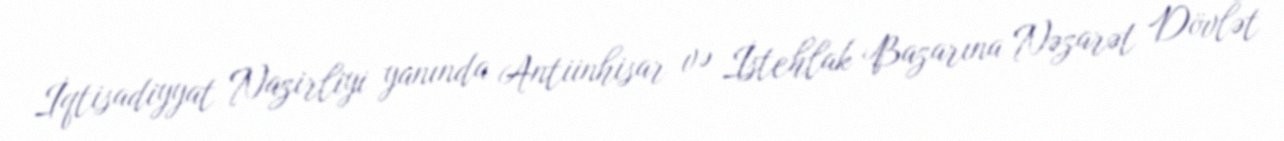
İqtisadiyyat Nazirliyi yanında Antiinhisar və İstehlak Bazarına Nəzarət Dövlət